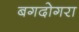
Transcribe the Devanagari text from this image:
बगदोगरा